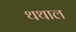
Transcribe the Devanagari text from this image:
थथाल